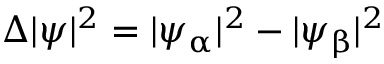
\Delta | \psi | ^ { 2 } = | \psi _ { \upalpha } | ^ { 2 } - | \psi _ { \upbeta } | ^ { 2 }